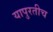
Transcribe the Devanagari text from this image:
यापुरतीच